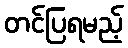
တင်ပြရမည့်